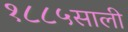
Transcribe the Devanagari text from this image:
१८८५साली